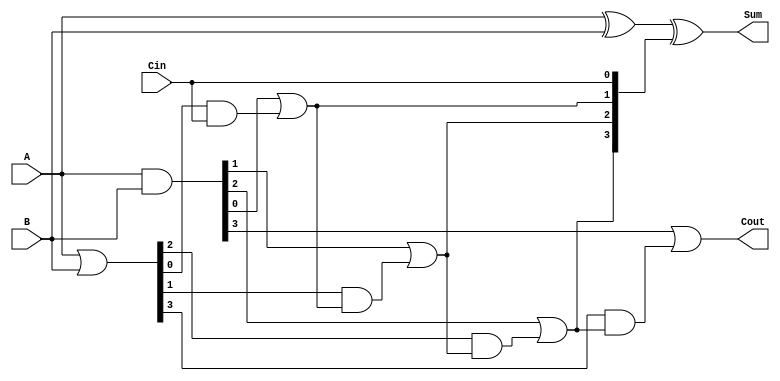
module LingAdder #(parameter N = 4) (
    input  wire [N-1:0] A,       // First n-bit input
    input  wire [N-1:0] B,       // Second n-bit input
    input  wire Cin,              // Input carry
    output wire [N-1:0] Sum,      // n-bit Sum output
    output wire Cout              // Carry out
);

    // Generate and Propagate signals
    wire [N-1:0] G; // Generate
    wire [N-1:0] P; // Propagate
    wire [N:0] C;   // Carry, C[i] is the carry to the i-th bit

    // Calculate Generate and Propagate signals
    assign G = A & B;         // G[i] = A[i] & B[i]
    assign P = A | B;         // P[i] = A[i] | B[i]

    // Carry bits calculation
    assign C[0] = Cin; // Initial carry
    genvar i;
    generate
        for (i = 1; i <= N; i = i + 1) begin : carry_generation
            assign C[i] = G[i-1] | (P[i-1] & C[i-1]);
        end
    endgenerate

    // Sum calculation
    assign Sum = A ^ B ^ C[N-1:0]; // Sum[i] = A[i] ^ B[i] ^ C[i]

    // Carry out
    assign Cout = G[N-1] | (P[N-1] & C[N-1]);

endmodule